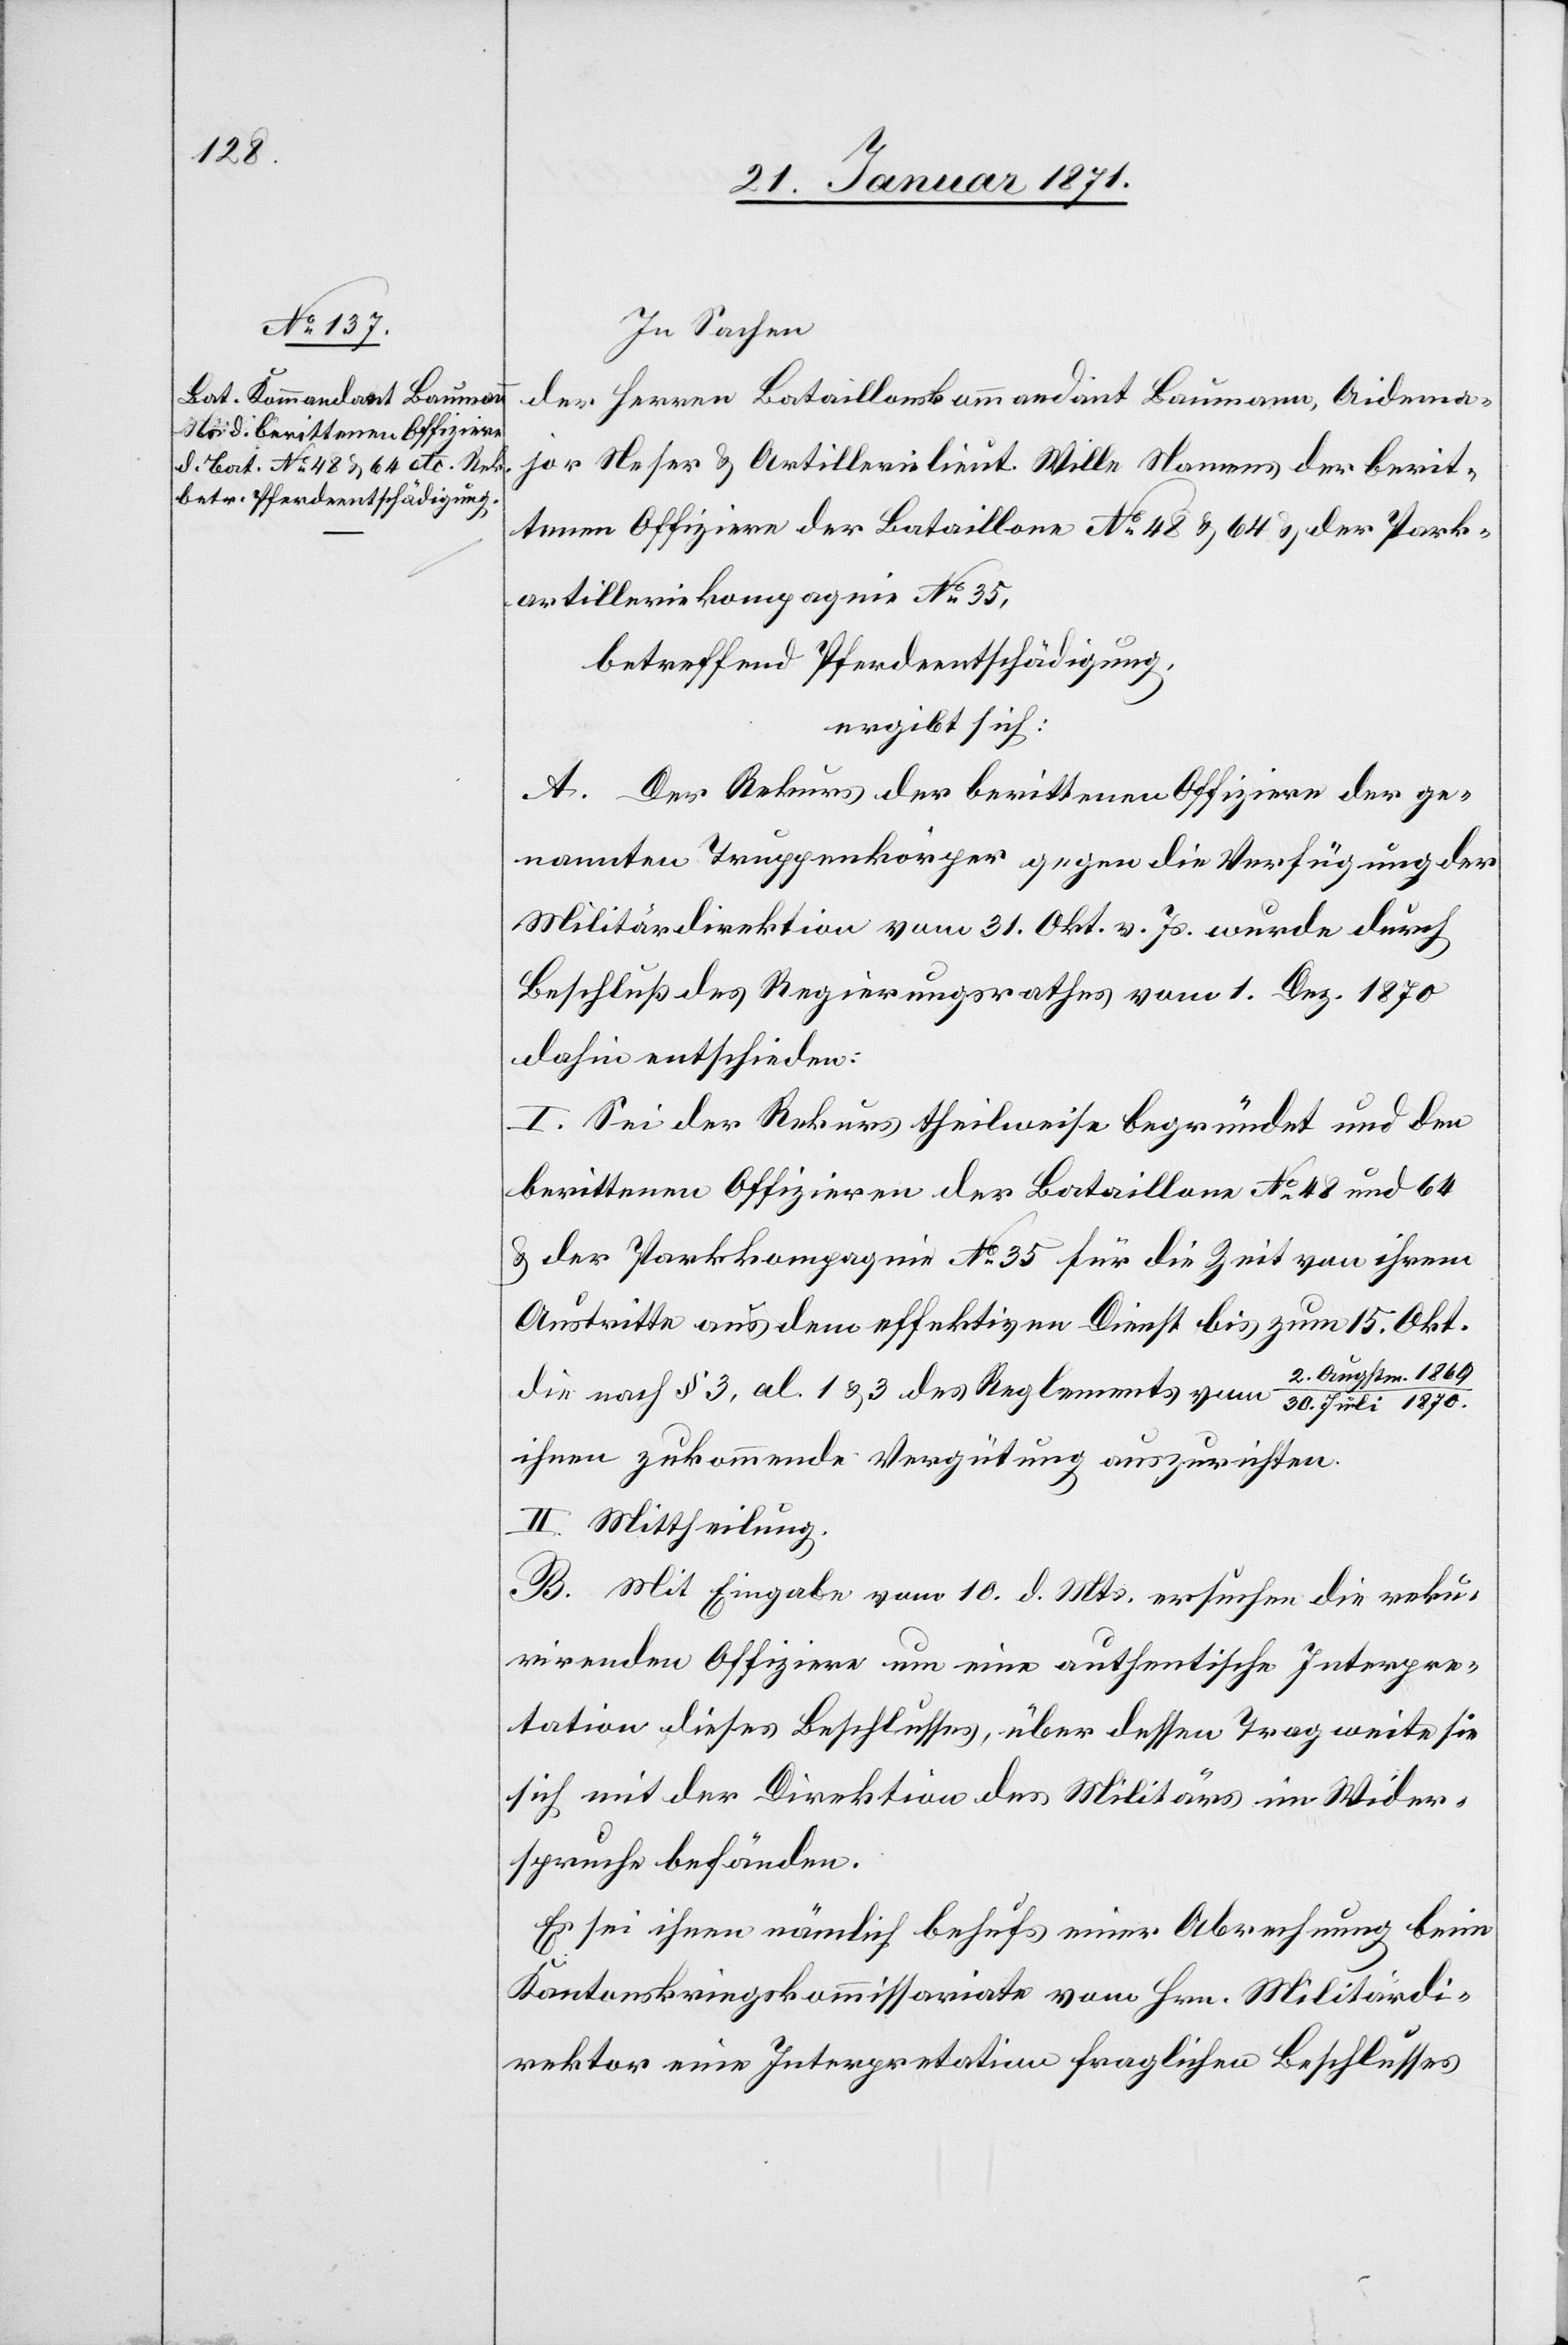
In Sachen
der Herren Bataillonskommandant Baumann, Aidema¬
jor Neser u. Artillerielieut. Wille Namens der berit¬
tenen Offiziere der Bataillone No. 48 u. 64 u. der Park¬
artilleriekompagnie No. 35,
betreffend Pferdeentschädigung,
ergibt sich:
A. Der Rekurs der berittenen Offiziere der ge¬
nannten Truppenkörper gegen die Verfügung der
Militärdirektion vom 31. Okt. v. Js. wurde durch
Beschluß des Regierungsrathes vom 1. Dez. 1870
dahin entschieden:
I. Sei der Rekurs theilweise begründet und den
berittenen Offizieren der Bataillone No. 48 und 64
u. der Parkkompagnie No. 35 für die Zeit von ihrem
Austritte aus dem effektiven Dienst bis zum 15. Okt.
die nach § 3, al. 1 u. 3 des Reglements vom 2. Augstm. 1869
ihnen zukommende Vergütung auszurichten.
II. Mittheilung.
B. Mit Eingabe vom 10. d. Mts. ersuchten die reku¬
rirenden Offiziere um eine authentische Interpre¬
tation dieses Beschlusses, über dessen Tragweite sie
sich mit der Direktion des Militärs im Wider¬
spruche befänden.
Es sei ihnen nämlich behufs einer Abrechnung beim
Kantonskriegskommissariate vom Hrn. Militärdi¬
rektor eine Interpretation fraglichen Beschlusses